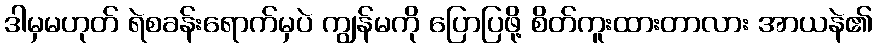
ဒါမှမဟုတ် ရဲစခန်းရောက်မှပဲ ကျွန်မကို ပြောပြဖို့ စိတ်ကူးထားတာလား အာယနဲ၏